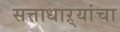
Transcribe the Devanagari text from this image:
सत्ताधाऱ्यांचा